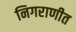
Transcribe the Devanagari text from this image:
निगराणीत